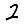
Digit: 2